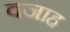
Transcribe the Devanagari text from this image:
वजाह